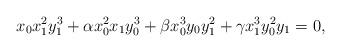
LaTeX: \begin{align*} x_0x_1^2y_1^3 +\alpha x_0^2x_1y_0^3 +\beta x_0^3y_0y_1^2 +\gamma x_1^3y_0^2y_1=0,\end{align*}